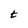
Character: t